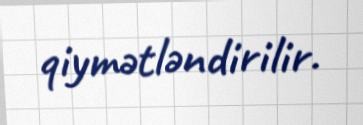
qiymətləndirilir.